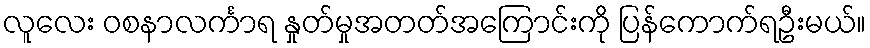
လူလေး ဝစနာလင်္ကာရ နှုတ်မှုအတတ်အကြောင်းကို ပြန်ကောက်ရဦးမယ်။